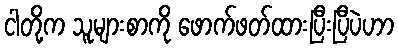
ငါတို့က သူများစာကို ဖောက်ဖတ်ထားပြီးပြီပဲဟာ